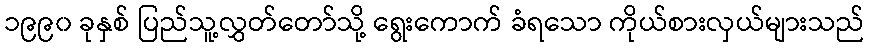
၁၉၉၀ ခုနှစ် ပြည်သူ့လွှတ်တော်သို့ ရွေးကောက် ခံရသော ကိုယ်စားလှယ်များသည်